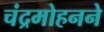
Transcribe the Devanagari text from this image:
चंद्रमोहनने